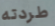
طردته